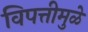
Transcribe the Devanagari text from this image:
विपत्तीमुळे